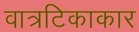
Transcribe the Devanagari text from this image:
वात्रटिकाकार